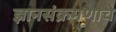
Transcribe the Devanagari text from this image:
ज्ञानसंक्रमणाचे